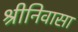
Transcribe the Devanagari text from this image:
श्रीनिवासा